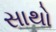
સાથો